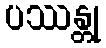
ပဿန္တု